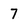
Character: 7